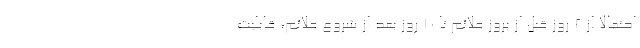
احتمالا از ۲ روز قبل از بروز علائم تا ۱۰ روز بعد از شروع علائم، قابلیت